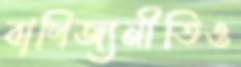
বাণিজ্যনীতিও